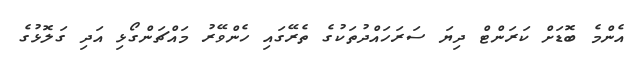
އެންމެ ބޮޑަށް ކަރަންޓް ދިޔަ ސަރަހައްދުތަކުގެ ތެރޭގައި ހެންވޭރު މައްޗަންގޯޅި އަދި ގަލޮޅުގެ